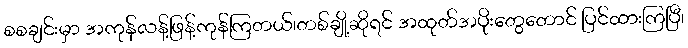
စစချင်းမှာ အကုန်လန့်ဖြန့်ကုန်ကြတယ်၊တစ်ချို့ဆိုရင် အထုတ်အပိုးတွေတောင် ပြင်ထားကြပြီ၊